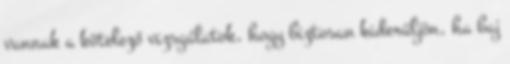
vannak a kötelező vizsgálatok, hogy biztosan kiderüljön, ha baj